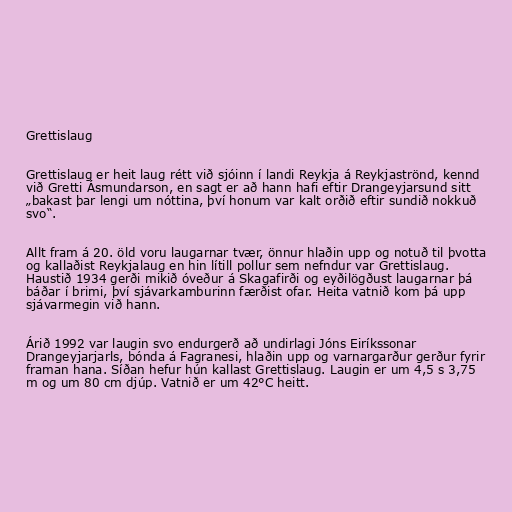
Grettislaug

Grettislaug er heit laug rétt við sjóinn í landi Reykja á Reykjaströnd, kennd
við Gretti Ásmundarson, en sagt er að hann hafi eftir Drangeyjarsund sitt
„bakast þar lengi um nóttina, því honum var kalt orðið eftir sundið nokkuð
svo“.

Allt fram á 20. öld voru laugarnar tvær, önnur hlaðin upp og notuð til þvotta
og kallaðist Reykjalaug en hin lítill pollur sem nefndur var Grettislaug.
Haustið 1934 gerði mikið óveður á Skagafirði og eyðilögðust laugarnar þá
báðar í brimi, því sjávarkamburinn færðist ofar. Heita vatnið kom þá upp
sjávarmegin við hann.

Árið 1992 var laugin svo endurgerð að undirlagi Jóns Eiríkssonar
Drangeyjarjarls, bónda á Fagranesi, hlaðin upp og varnargarður gerður fyrir
framan hana. Síðan hefur hún kallast Grettislaug. Laugin er um 4,5 s 3,75
m og um 80 cm djúp. Vatnið er um 42°C heitt.